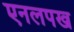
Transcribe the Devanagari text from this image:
एनलपख